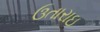
ઉતારાઇ